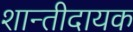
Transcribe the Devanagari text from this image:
शान्तीदायक